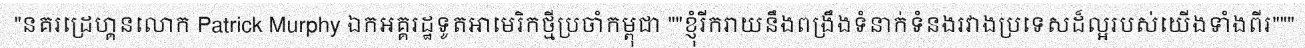
នគរដ្រេហ្គនលោក Patrick Murphy ឯកអគ្គរដ្ឋទូតអាមេរិកថ្មីប្រចាំកម្ពុជា "ខ្ញុំរីករាយនឹងពង្រឹងទំនាក់ទំនងរវាងប្រទេសដ៏ល្អរបស់យើងទាំងពីរ"